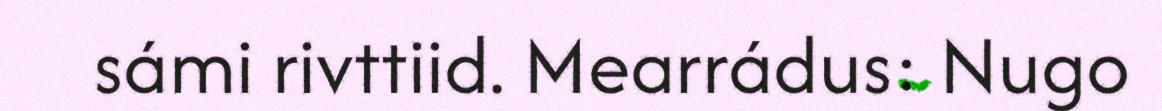
sámi rivttiid. Mearrádus: Nugo